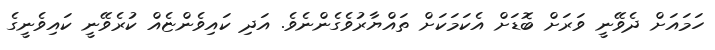
ހަމައަށް ދެވޭނީ ވަރަށް ބޮޑަށް އެކަމަކަށް ތައްޔާރުވެގެންނެވެ. އަދި ކައިވެންޏެއް ކުރެވޭނީ ކައިވެނީގެ